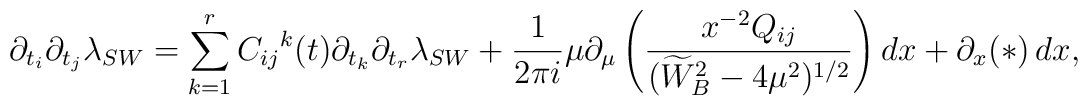
\partial_{t_{i}}\partial_{t_{j}}\lambda_{SW}=\sum_{k=1}^{r}{C_{ij}}^{k}(t)\partial_{t_{k}}\partial_{t_{r}}\lambda_{SW}+{1\over 2\pi i}\mu\partial_{\mu}\left( {x^{-2}Q_{ij}\over (\widetilde{W}_B^2-4\mu^2)^{1/2}}\right)dx+\partial_{x}(*)\,dx,